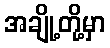
အချို့တို့မှာ